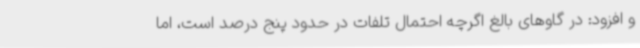
و افزود: در گاوهای بالغ اگرچه احتمال تلفات در حدود پنج درصد است، اما